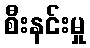
စီးနင်းမှု